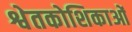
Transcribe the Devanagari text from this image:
श्वेतकोशिकाओं